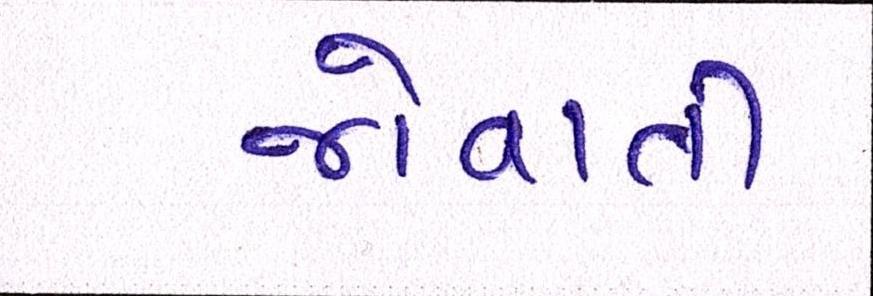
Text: જોવાતી